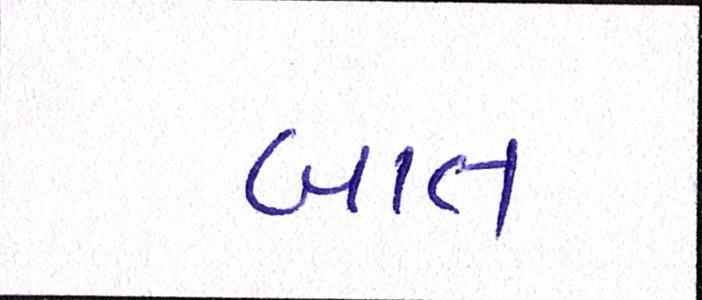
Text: બાત